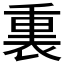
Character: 𫟚